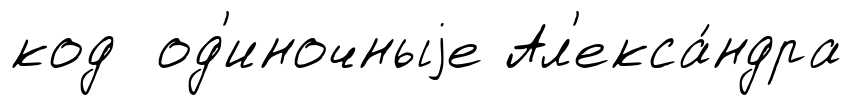
код од'иночныjе Ал'екса́ндра